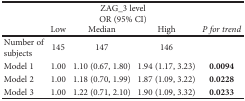
<table><thead><tr><td rowspan="2"></td><td colspan="3"><b>ZAG_3 level OR (95% CI)</b></td><td></td></tr><tr><td><b>Low</b></td><td><b>Median</b></td><td><b>High</b></td><td><b><i>P for trend</i></b></td></tr></thead><tbody><tr><td>Number of subjects</td><td>145</td><td>147</td><td>146</td><td></td></tr><tr><td>Model 1</td><td>1.00</td><td>1.10 (0.67, 1.80)</td><td>1.94 (1.17, 3.23)</td><td><b>0.0094</b></td></tr><tr><td>Model 2</td><td>1.00</td><td>1.18 (0.70, 1.99)</td><td>1.87 (1.09, 3.22)</td><td><b>0.0228</b></td></tr><tr><td>Model 3</td><td>1.00</td><td>1.22 (0.71, 2.10)</td><td>1.90 (1.09, 3.32)</td><td><b>0.0233</b></td></tr></tbody></table>